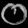
Digit: ၀